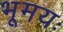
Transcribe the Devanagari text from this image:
भूमयः